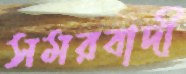
সমরবাদী